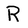
Character: R